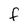
Character: f